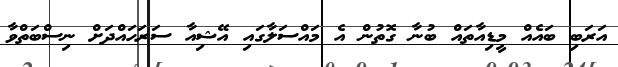
އަރަބި ބައެއް މީޑިއާތައް ބުނާ ގޮތުން އެ މައްސަލާގައި އޭޝިއާ ސަރަހައްދަށް ނިސްބަތްވާ